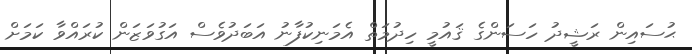
ޙުސައިން ރަޝީދު ހަސަންގެ ޤައުމީ ހިދުމަތް އެމަނިކުފާނު އަބަދުވެސް އަގުވަޒަން ކުރައްވާ ކަމަށް